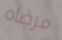
مرضاه